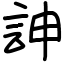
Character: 訷